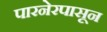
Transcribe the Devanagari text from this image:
पारनेरपासून